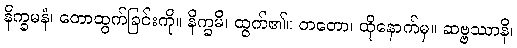
နိက္ခမနံ၊ တောထွက်ခြင်းကို။ နိက္ခမိ၊ ထွက်၏။ တတော၊ ထိုနောက်မှ။ ဆဗ္ဗဿာနိ၊